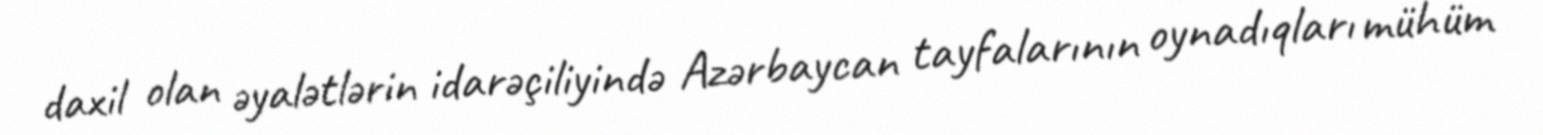
daxil olan əyalətlərin idarəçiliyində Azərbaycan tayfalarının oynadıqları mühüm